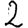
Digit: 2